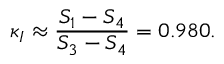
\kappa _ { I } \approx \frac { S _ { 1 } - S _ { 4 } } { S _ { 3 } - S _ { 4 } } = 0 . 9 8 0 .